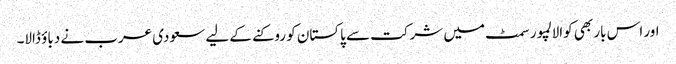
اور اس بار بھی کوالالمپور سمٹ میں شرکت سے پاکستان کو روکنے کے لیے سعودی عرب نے دباؤ ڈالا۔